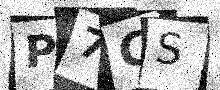
Text: P7CS